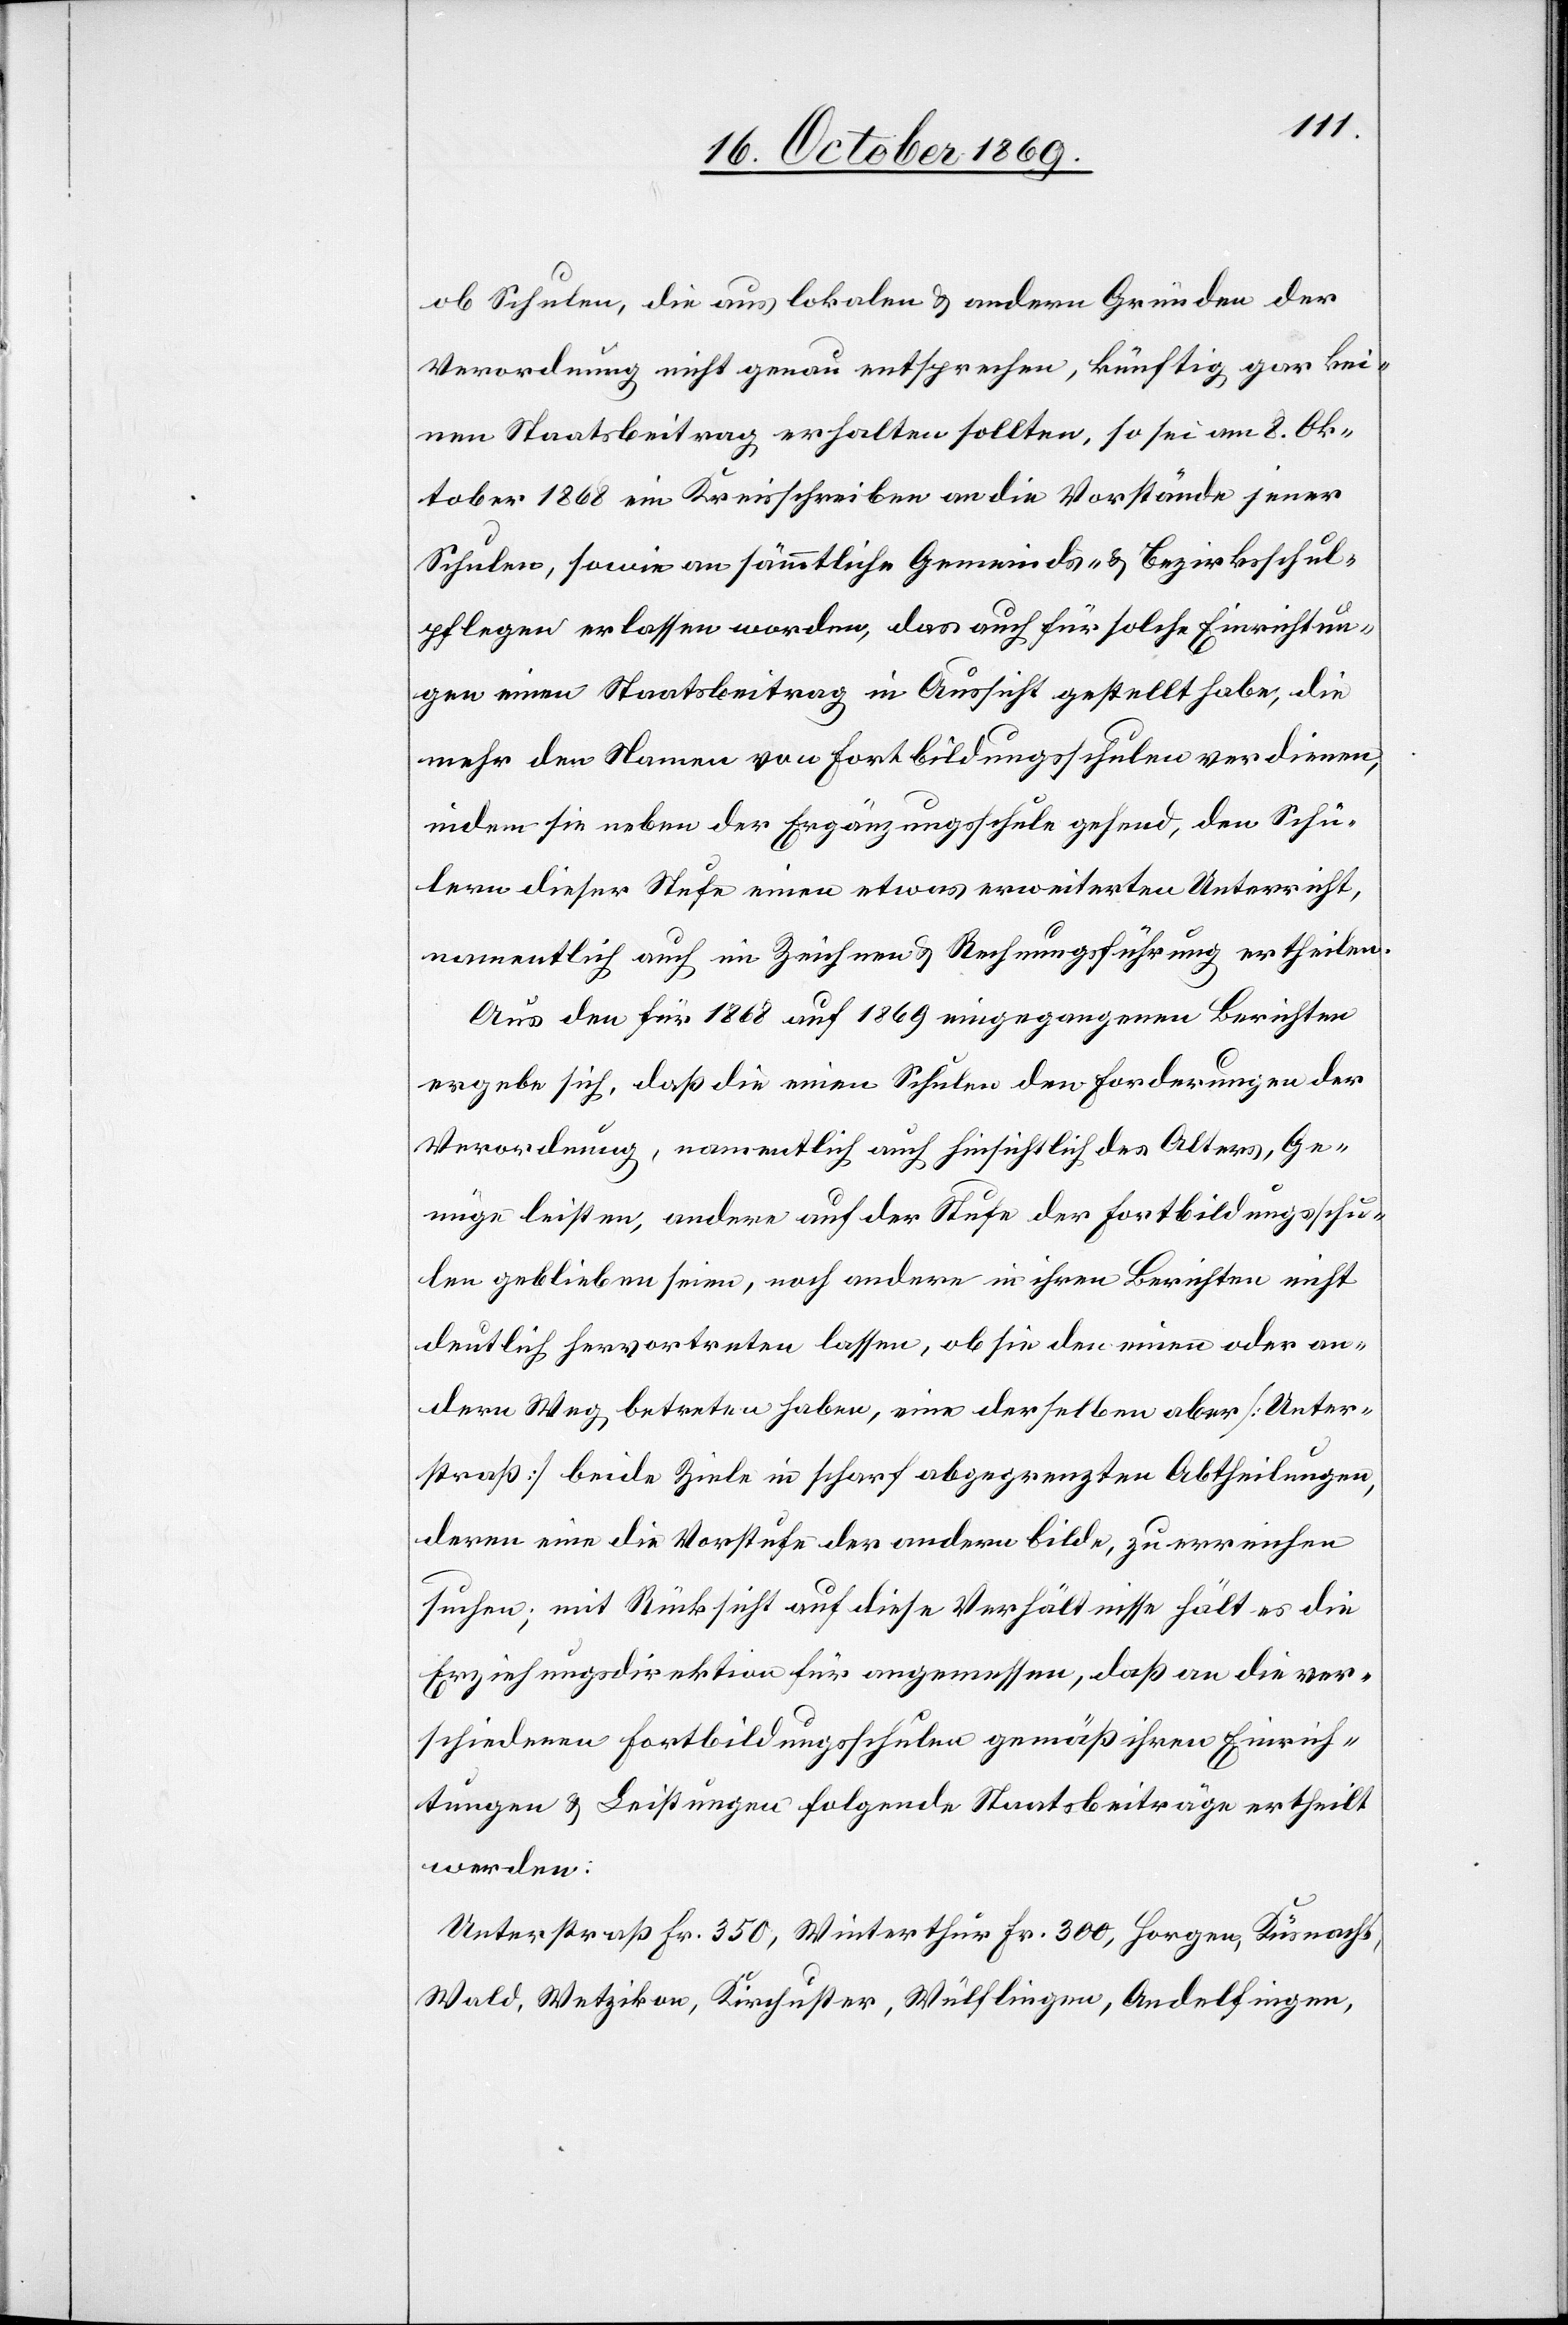
ob Schulen, die aus lokalen & andern Gründen der
Verordnung nicht genau entsprechen, künftig gar kei¬
nen Staatsbeitrag erhalten sollten, so sei am 8. Ok¬
tober 1868 ein Kreisschreiben an die Vorstände jener
Schulen, sowie an sämmtliche Gemeinds- & Bezirksschul¬
pflegen erlassen worden, das auch für solche Einrichtun¬
gen einen Staatsbeitrag in Aussicht gestellt habe, die
mehr den Namen von Fortbildungsschulen verdienen,
indem sie neben der Ergänzungsschule gehend, den Schü¬
lern dieser Stufe einen etwas erweiterten Unterricht,
namentlich auch im Zeichnen & Rechnungsführung ertheilen.
Aus den für 1868 auf 1869 eingegangenen Berichten
ergebe sich, daß die einen Schulen den Forderungen der
Verordnung, namentlich auch hinsichtlich des Alters, Ge¬
nüge leisten, andere auf der Stufe der Fortbildungsschu¬
len geblieben seien, noch andere in ihren Berichten nicht
deutlich hervortreten lassen, ob sie den einen oder an¬
dern Weg betreten haben, eine derselben aber [Unter¬
straß] beide Ziele in scharf abgegrenzten Abtheilungen,
deren eine die Vorstufe der andern bilde, zu erreichen
suchen; mit Rücksicht auf diese Verhältnisse hält es die
Erziehungsdirektion für angemessen, daß an die ver¬
schiedenen Fortbildungsschulen gemäß ihren Einrich¬
tungen & Leistungen folgende Staatsbeiträge ertheilt
werden:
Unterstraß Fr. 350, Winterthur Fr. 300, Horgen, Küsnacht,
Wald, Wetzikon, Kirchuster, Wülflingen, Andelfingen,